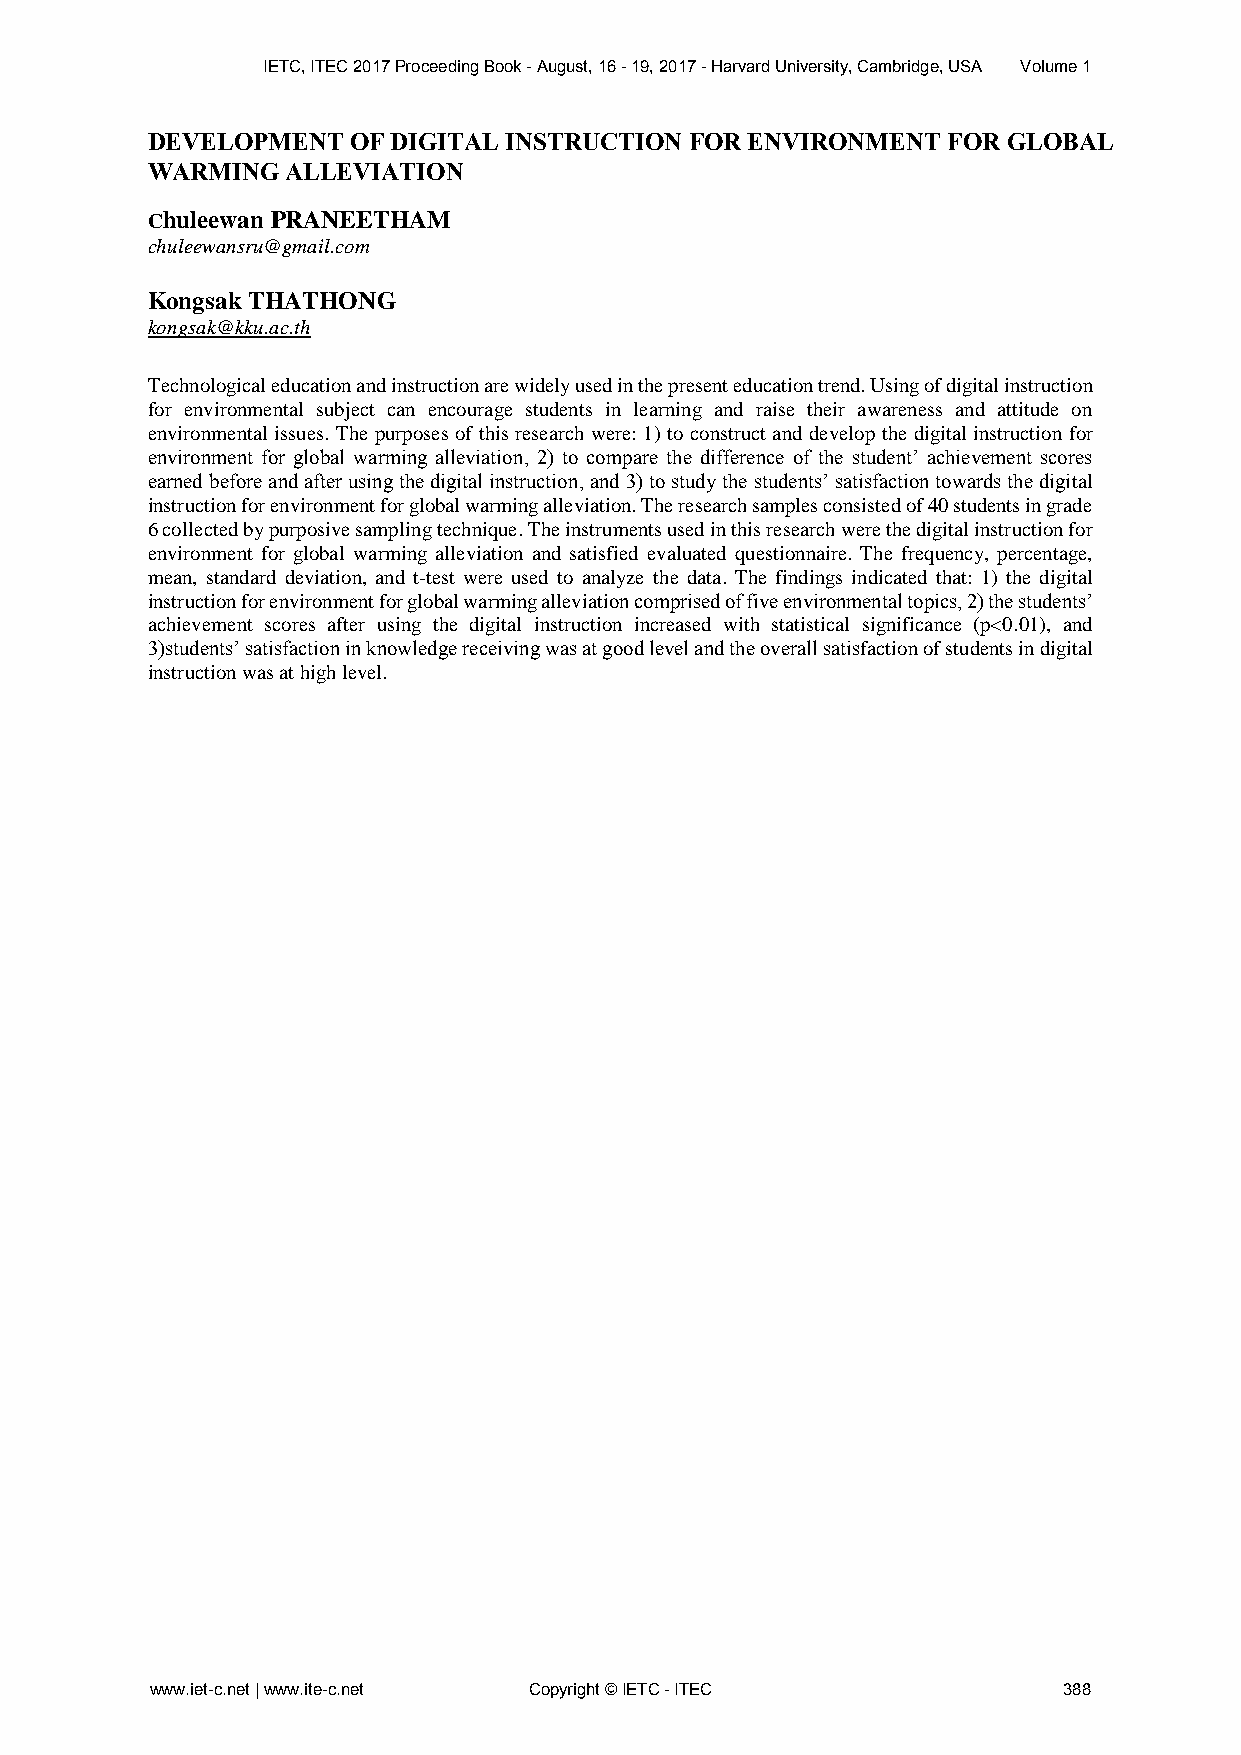
IETC, ITEC 2017 Proceeding Book - August, 16 - 19, 2017 - Harvard University, Cambridge, USA Volume 1
 DEVELOPMENT  OF DIGITAL INSTRUCTION FOR ENVIRONMENT  FOR GLOBAL
 WARMING  ALLEVIATION
 Chuleewan PRANEETHAM
 chuleewansru@gmail.com
 Kongsak THATHONG
 kongsak@kku.ac.th
 Technological education and instruction are widely used in the present education trend. Using of digital instruction
 for environmental subject can encourage students in learning and raise their awareness and attitude on
 environmental issues. The purposes of this research were: 1) to construct and develop the digital instruction for
 environment for global warming alleviation, 2) to compare the difference of the student’ achievement scores
 earned before and after using the digital instruction, and 3) to study the students’ satisfaction towards the digital
 instruction for environment for global warming alleviation. The research samples consisted of 40 students in grade
 6 collected by purposive sampling technique. The instruments used in this research were the digital instruction for
 environment for global warming alleviation and satisfied evaluated questionnaire. The frequency, percentage,
 mean, standard deviation, and t-test were used to analyze the data. The findings indicated that: 1) the digital
 instruction for environment for global warming alleviation comprised of five environmental topics, 2) the students’
 achievement scores after using the digital instruction increased with statistical significance (p<0.01), and
 3)students’ satisfaction in knowledge receiving was at good level and the overall satisfaction of students in digital
 instruction was at high level.
 www.iet-c.net | www.ite-c.net Copyright © IETC - ITEC       388